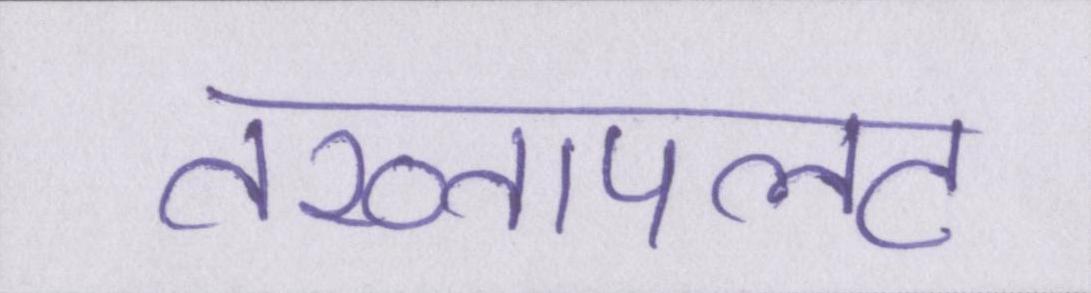
तख्तापलट